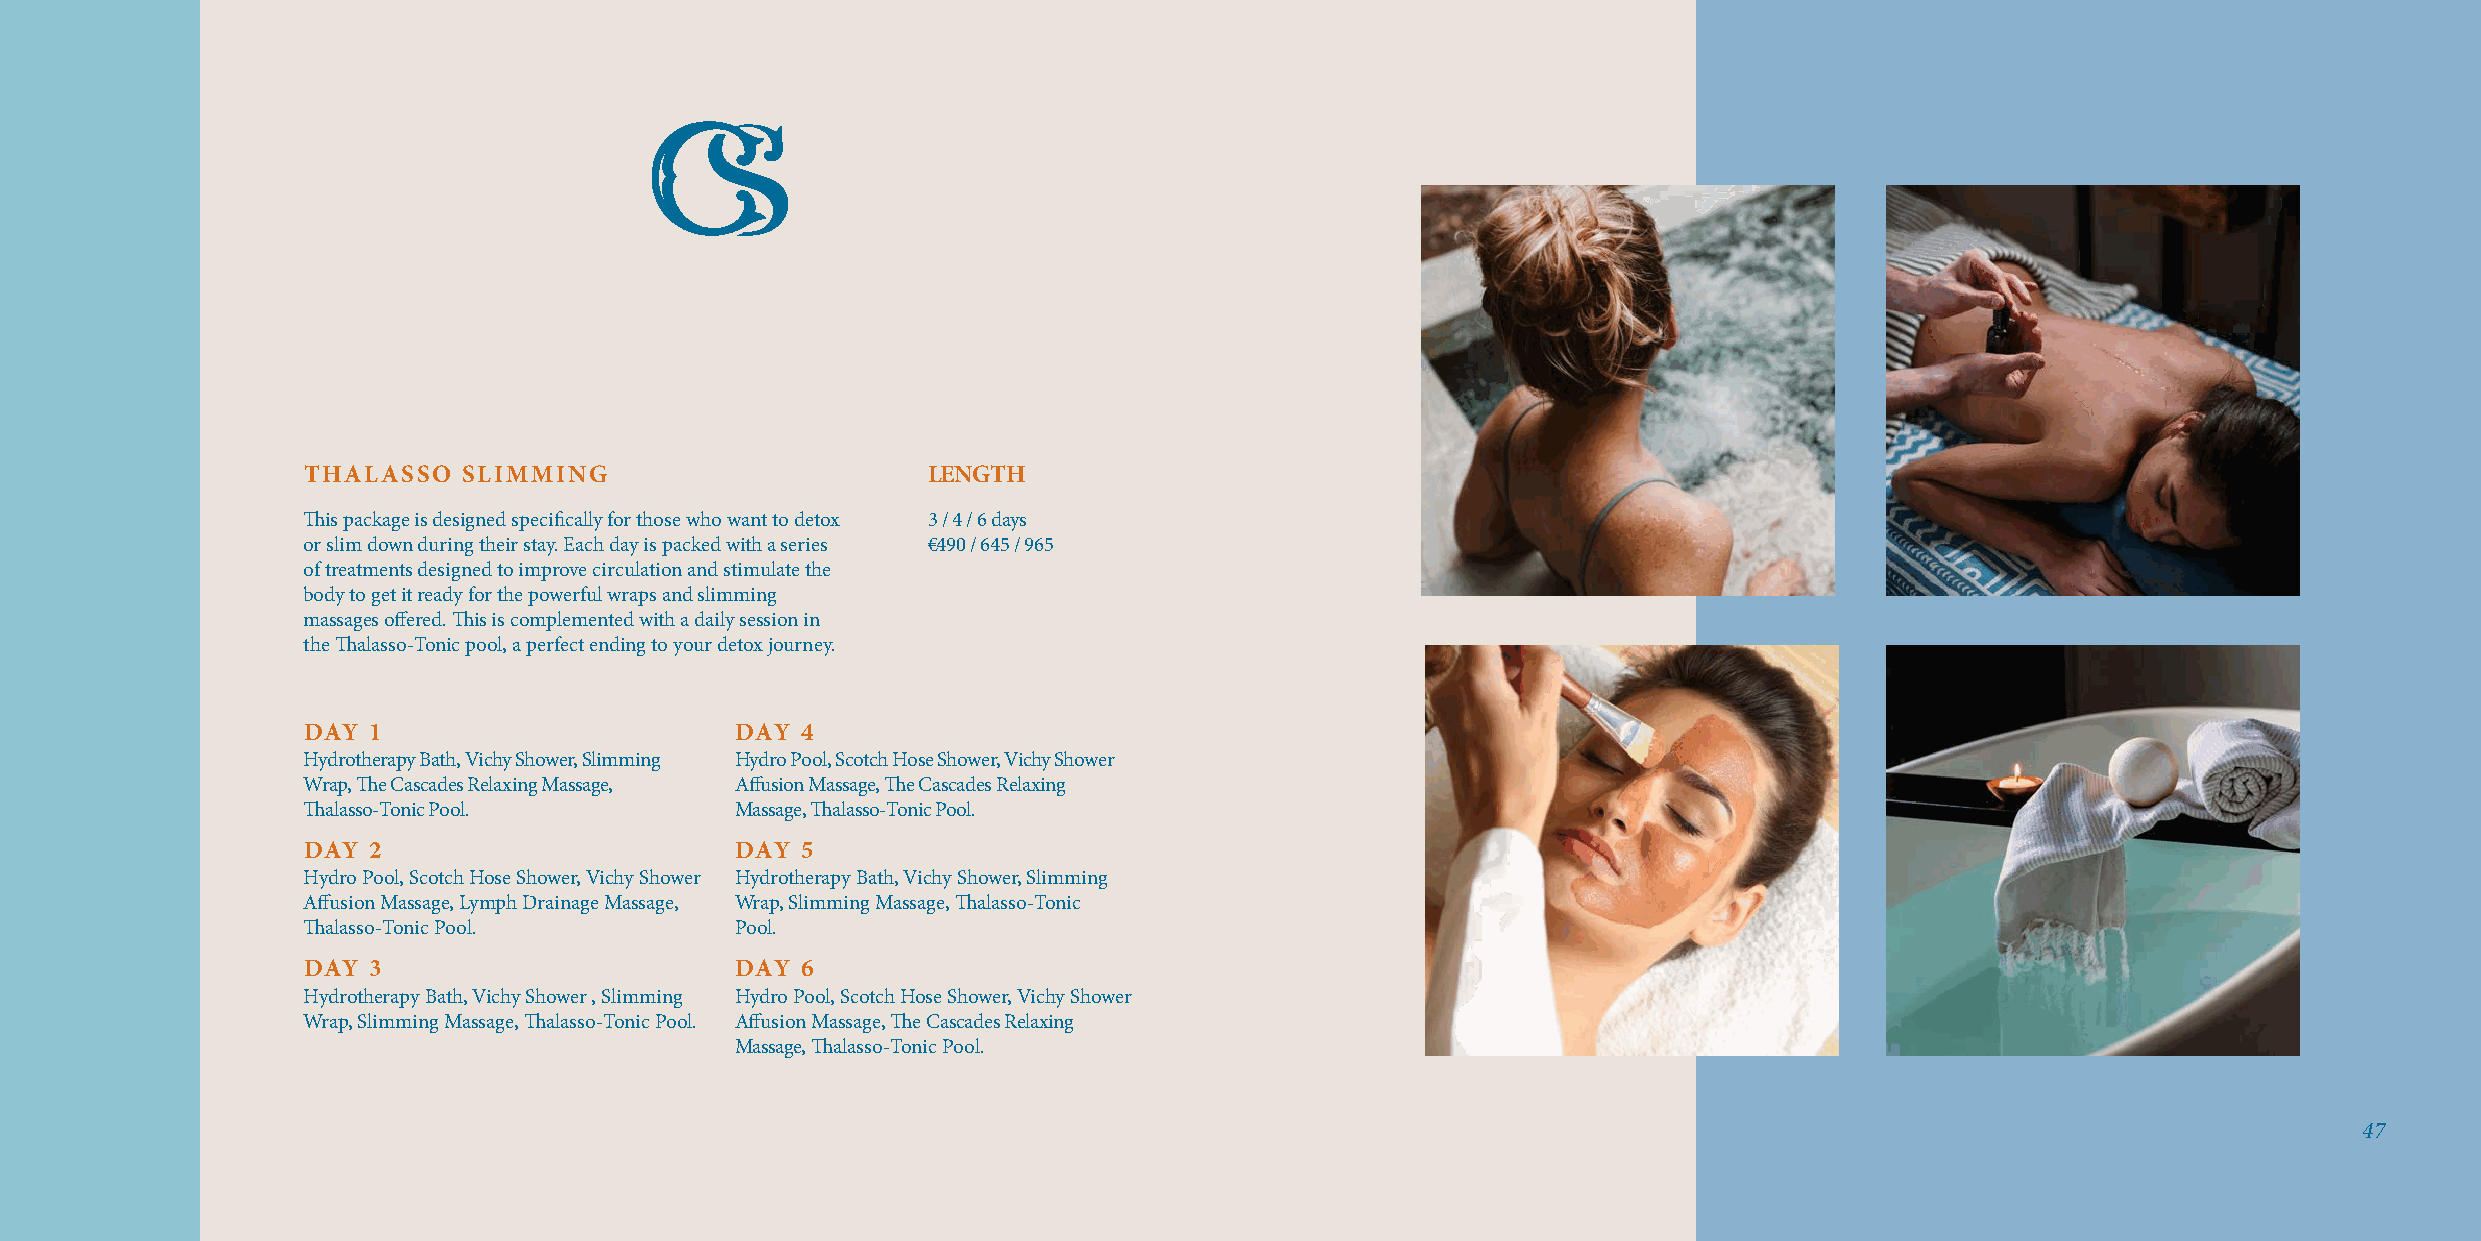
THALASSO   SLIMMING                      LENGTH
 This package is designed specifically for those who want to detox 3 / 4 / 6 days
 or slim down during their stay. Each day is packed with a series €490 / 645 / 965
 of treatments designed to improve circulation and stimulate the
 body to get it ready for the powerful wraps and slimming
 massages offered. This is complemented with a daily session in
 the Thalasso-Tonic pool, a perfect ending to your detox journey.
 DAY 1                        DAY 4
 Hydrotherapy Bath, Vichy Shower, Slimming Hydro Pool, Scotch Hose Shower, Vichy Shower
 Wrap, The Cascades Relaxing Massage, Affusion Massage, The Cascades Relaxing
 Thalasso-Tonic Pool.         Massage, Thalasso-Tonic Pool.
 DAY 2                        DAY 5
 08
 Hydro Pool, Scotch Hose Shower, Vichy Shower Hydrotherapy Bath, Vichy Shower, Slimming
 Affusion Massage, Lymph Drainage Massage, Wrap, Slimming Massage, Thalasso-Tonic
 Thalasso-Tonic Pool.         Pool.
 DAY 3                        DAY 6
 Hydrotherapy Bath, Vichy Shower , Slimming Hydro Pool, Scotch Hose Shower, Vichy Shower
 Wrap, Slimming Massage, Thalasso-Tonic Pool. Affusion Massage, The Cascades Relaxing
 Massage, Thalasso-Tonic Pool.
 47